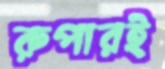
রুপারই